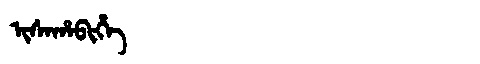
Manchu: ᡳᠰᠠᡥᠠᠪᡳᡥᡝ
Romanization: ISAHABIHE